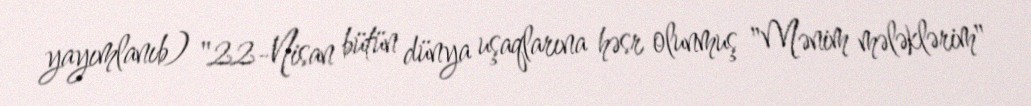
yayımlanıb) "22-Nisan bütün dünya uşaqlarına həsr olunmuş "Mənim mələklərim"